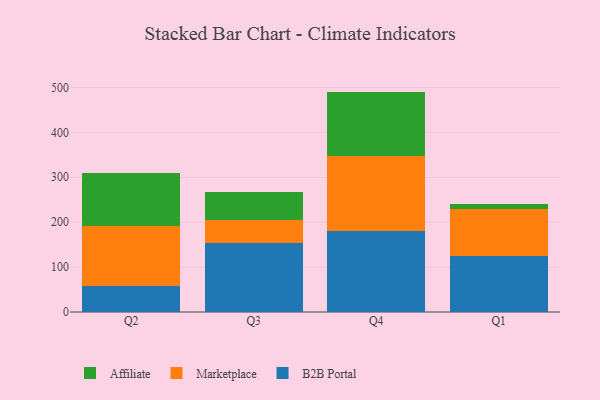
{"axis": {"x": "Quarter", "y": "Customer Acquisition Cost (USD)"}, "legend": ["Affiliate", "B2B Portal", "Marketplace"], "data": [{"x": "Q2", "y": 57.1, "type": "B2B Portal"}, {"x": "Q2", "y": 133.4, "type": "Marketplace"}, {"x": "Q2", "y": 118.7, "type": "Affiliate"}, {"x": "Q3", "y": 153.3, "type": "B2B Portal"}, {"x": "Q3", "y": 52.3, "type": "Marketplace"}, {"x": "Q3", "y": 61.6, "type": "Affiliate"}, {"x": "Q4", "y": 179.6, "type": "B2B Portal"}, {"x": "Q4", "y": 168.4, "type": "Marketplace"}, {"x": "Q4", "y": 142.8, "type": "Affiliate"}, {"x": "Q1", "y": 124.9, "type": "B2B Portal"}, {"x": "Q1", "y": 103.9, "type": "Marketplace"}, {"x": "Q1", "y": 10.7, "type": "Affiliate"}]}